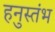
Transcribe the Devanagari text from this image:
हनुस्तंभ